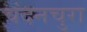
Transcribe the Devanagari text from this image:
चंदनचुरा